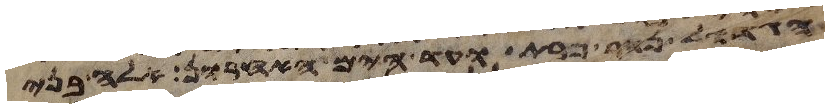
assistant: הגדול נהר פרת ועד הים האחרון אלה בני